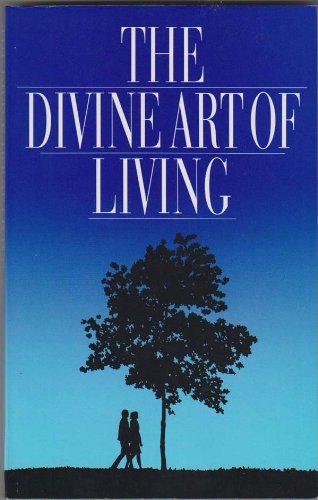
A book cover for The Divine Art of Living : Selections from the Writings of Baha'u'llah and Abdu'l-Baha; Baha'u'llah; Religion & Spirituality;